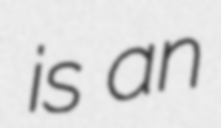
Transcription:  is an